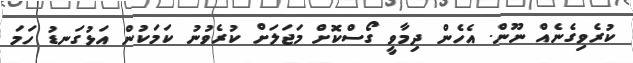
ކުރެވިގެނެއް ނޫން. އެހެން ދިމާވީ ގޯސްކޮށް މަޖަލަށް ކުރެވުނު ކަމަކުން އަޅުގަނޑު ހަމަ